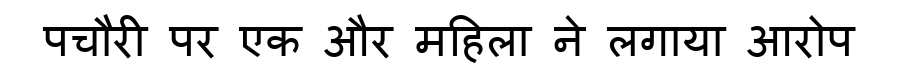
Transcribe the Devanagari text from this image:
पचौरी पर एक और महिला ने लगाया आरोप